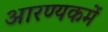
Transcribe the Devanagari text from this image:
आरण्यकमें